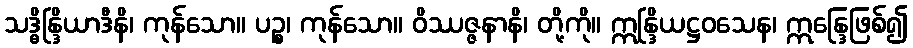
သဒ္ဓိန္ဒြိယာဒီနိ၊ ကုန်သော။ ပဉ္စ၊ ကုန်သော။ ဝိဿဇ္ဇနာနိ၊ တို့ကို။ ဣန္ဒြိယဋ္ဌဝသေန၊ ဣန္ဒြေဖြစ်၍